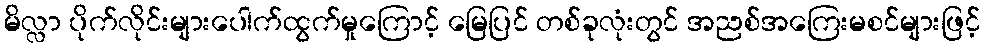
မိလ္လာ ပိုက်လိုင်းများပေါက်ထွက်မှုကြောင့် မြေပြင် တစ်ခုလုံးတွင် အညစ်အကြေးမစင်များဖြင့်